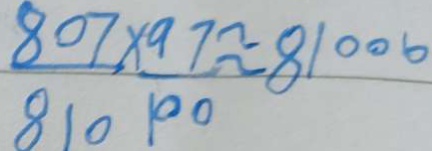
\frac { 8 0 7 } { 8 1 0 } \times \frac { 9 7 } { 1 0 0 } \approx 8 1 0 0 6